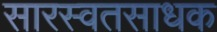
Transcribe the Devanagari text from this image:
सारस्वतसाधक